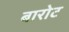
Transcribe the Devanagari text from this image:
बारोट